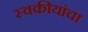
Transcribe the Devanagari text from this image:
स्वकीयांचा